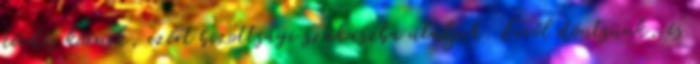
kérdés körnek, ezért bizottsági szakaszba utaljuk. Erről döntsünk, és